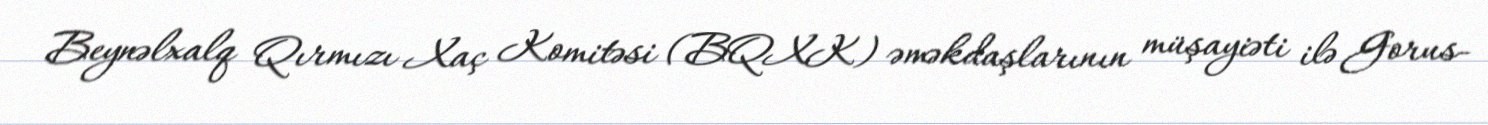
Beynəlxalq Qırmızı Xaç Komitəsi (BQXK) əməkdaşlarının müşayiəti ilə Gorus-